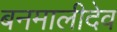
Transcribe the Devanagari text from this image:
बनमालीदेव